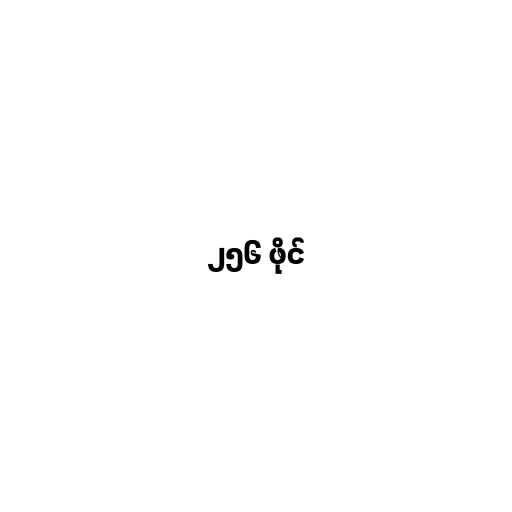
၂၅၆ ဖိုင်